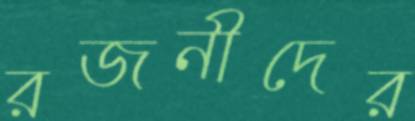
রজনীদের